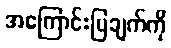
အကြောင်းပြချက်ကို